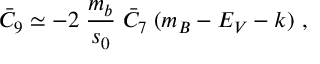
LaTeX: \bar { C } _ { 9 } \simeq - 2 \; \frac { m _ { b } } { s _ { 0 } } \; \bar { C } _ { 7 } \; ( m _ { B } - E _ { V } - k ) ~ ,